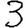
Digit: 3